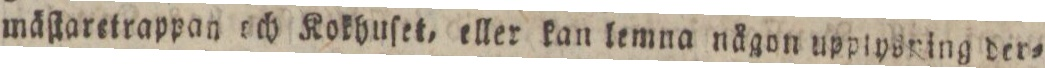
mäſtaretrappan och Kokhuſet, eller kan lemna någon upplyering der=